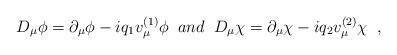
LaTeX: \begin{align*} D_{\mu}\phi=\partial_{\mu}\phi-iq_{1}v^{(1)}_{\mu}\phi \;\; and \;\; D_{\mu}\chi=\partial_{\mu}\chi-iq_{2}v^{(2)}_{\mu}\chi \;\; ,\end{align*}